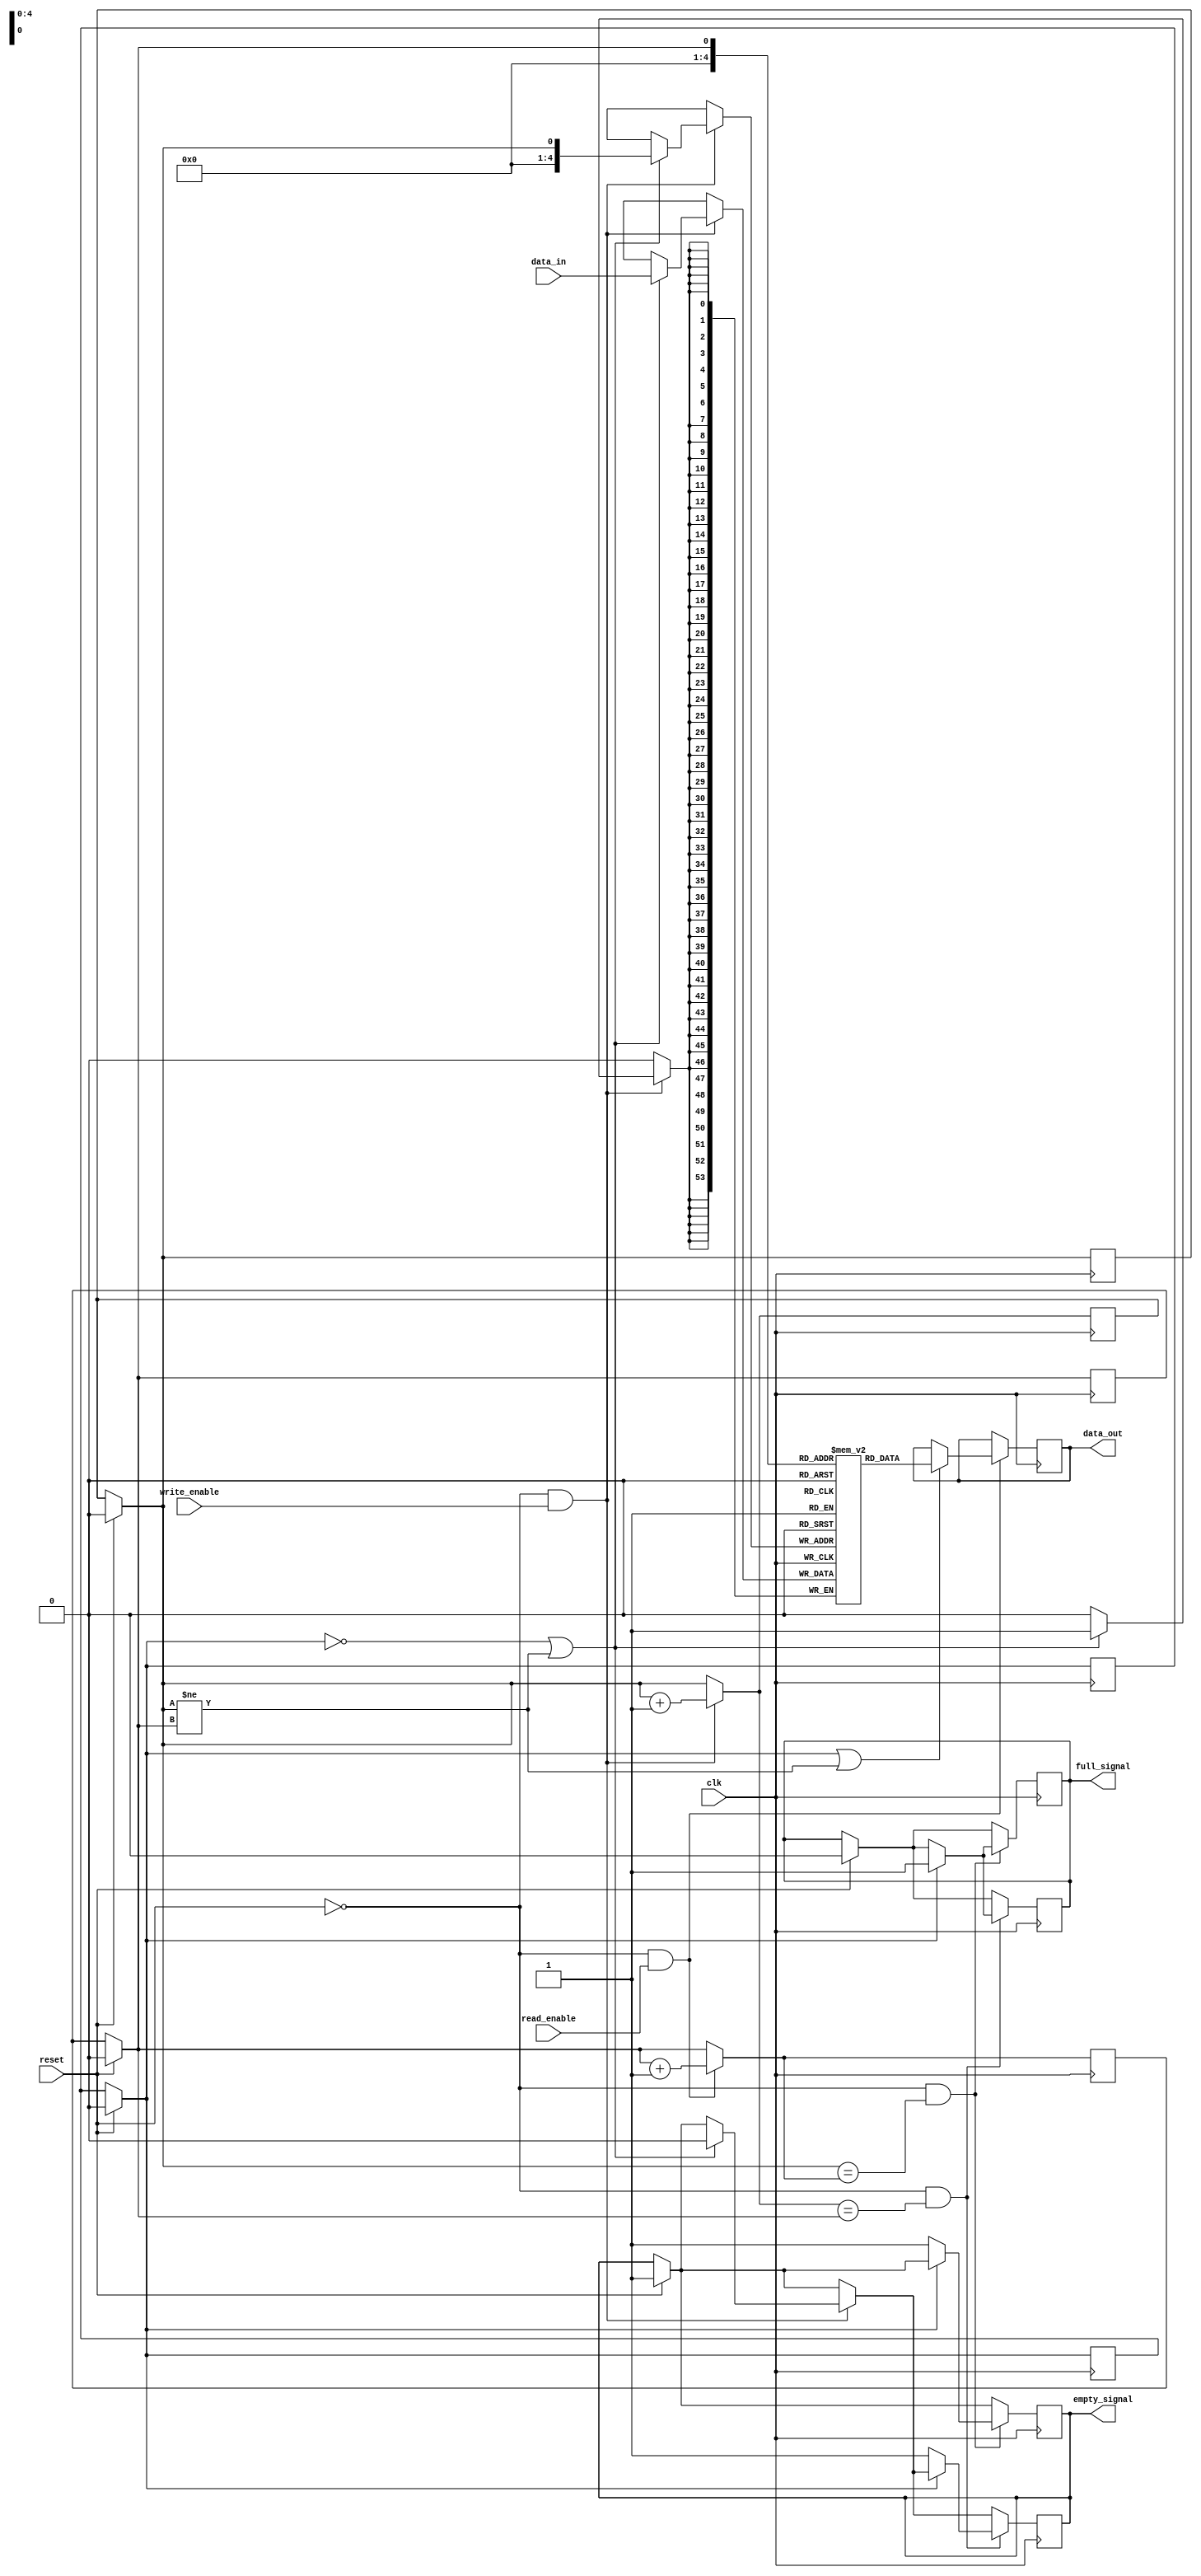
module fifos(clk,reset,write_enable,read_enable,data_in,data_out,empty_signal,full_signal);

parameter word_size = 54;
parameter fifo_size = 20;
input clk,reset;
input write_enable,read_enable;
input [word_size-1:0] data_in;
output [word_size-1:0] data_out;
output empty_signal;
output full_signal;
reg [word_size-1:0] data_out;
reg looped;      //bool variable 0-false 1-true
reg [word_size-1:0] memory[fifo_size:0];
reg head,tail;
reg empty_signal;
reg full_signal;

always @(posedge clk)
		begin
			if(reset==1)
				begin
					head = 0;
					tail = 0;
					looped = 0;
					full_signal = 0;
					empty_signal = 1;
				end
			if(reset!=1&&write_enable==1)
				begin
					//$display("%d",data_in);
					//$display("workd");
					if((looped==0)||(head!=tail))
						begin
							empty_signal = 0;
							memory[head] = data_in;
						end
					if(head==fifo_size)
						begin
							head = 0;
							looped = 1;
						end
					else 
						begin
							head = head + 1;
						end
				end
			if(reset!=1&&head==tail)
				begin
					if(looped==1)
						begin
							full_signal = 1;
						end
					else
						begin
							empty_signal = 1;
						end
				end
		end

always @(negedge clk)
		begin
			if(reset==1)
				begin
					head = 0;
					tail = 0;
					looped = 0;
					full_signal = 0;
					empty_signal = 1;
				end
			if(reset!=1&&read_enable==1)
				begin
					if((looped==1)||(head!=tail))
						begin	
							data_out = memory[tail];
						end
					if(tail==fifo_size)
						begin
							tail = 0;
							looped = 0;
						end
					else
						begin
							tail = tail + 1;
						end
				end
			if(reset!=1&&head==tail)
				begin
					if(looped==1)
						begin
							full_signal = 1;
						end
					else
						begin
							//$display("loope");
							empty_signal = 1;
						end
				end
		end

endmodule